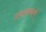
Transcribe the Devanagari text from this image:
प्रधामाचार्य